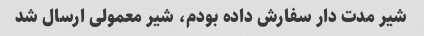
شیر مدت دار سفارش داده بودم، شیر معمولی ارسال شد